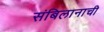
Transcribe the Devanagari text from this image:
संबिलानाची